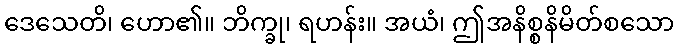
ဒေသေတိ၊ ဟော၏။ ဘိက္ခု၊ ရဟန်း။ အယံ၊ ဤအနိစ္စနိမိတ်စသော